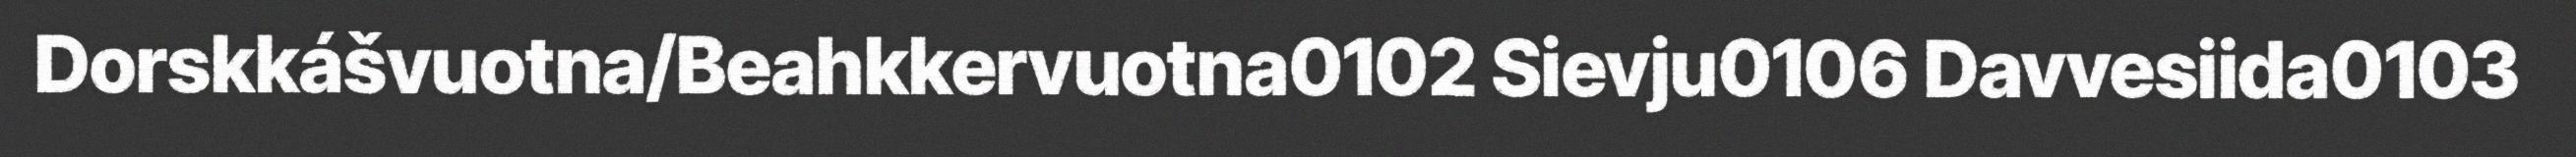
Dorskkášvuotna/Beahkkervuotna0102 Sievju0106 Davvesiida0103